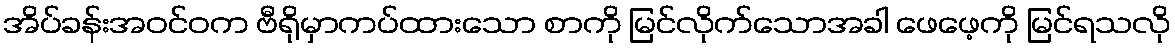
အိပ်ခန်းအဝင်ဝက ဗီရိုမှာကပ်ထားသော စာကို မြင်လိုက်သောအခါ ဖေဖေ့ကို မြင်ရသလို